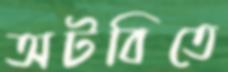
অটবিতে